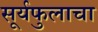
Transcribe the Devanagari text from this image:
सूर्यफुलाचा